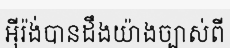
អ៊ីរ៉ង់បានដឹងយ៉ាងច្បាស់ពី